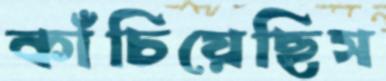
কাঁচিয়েছিস